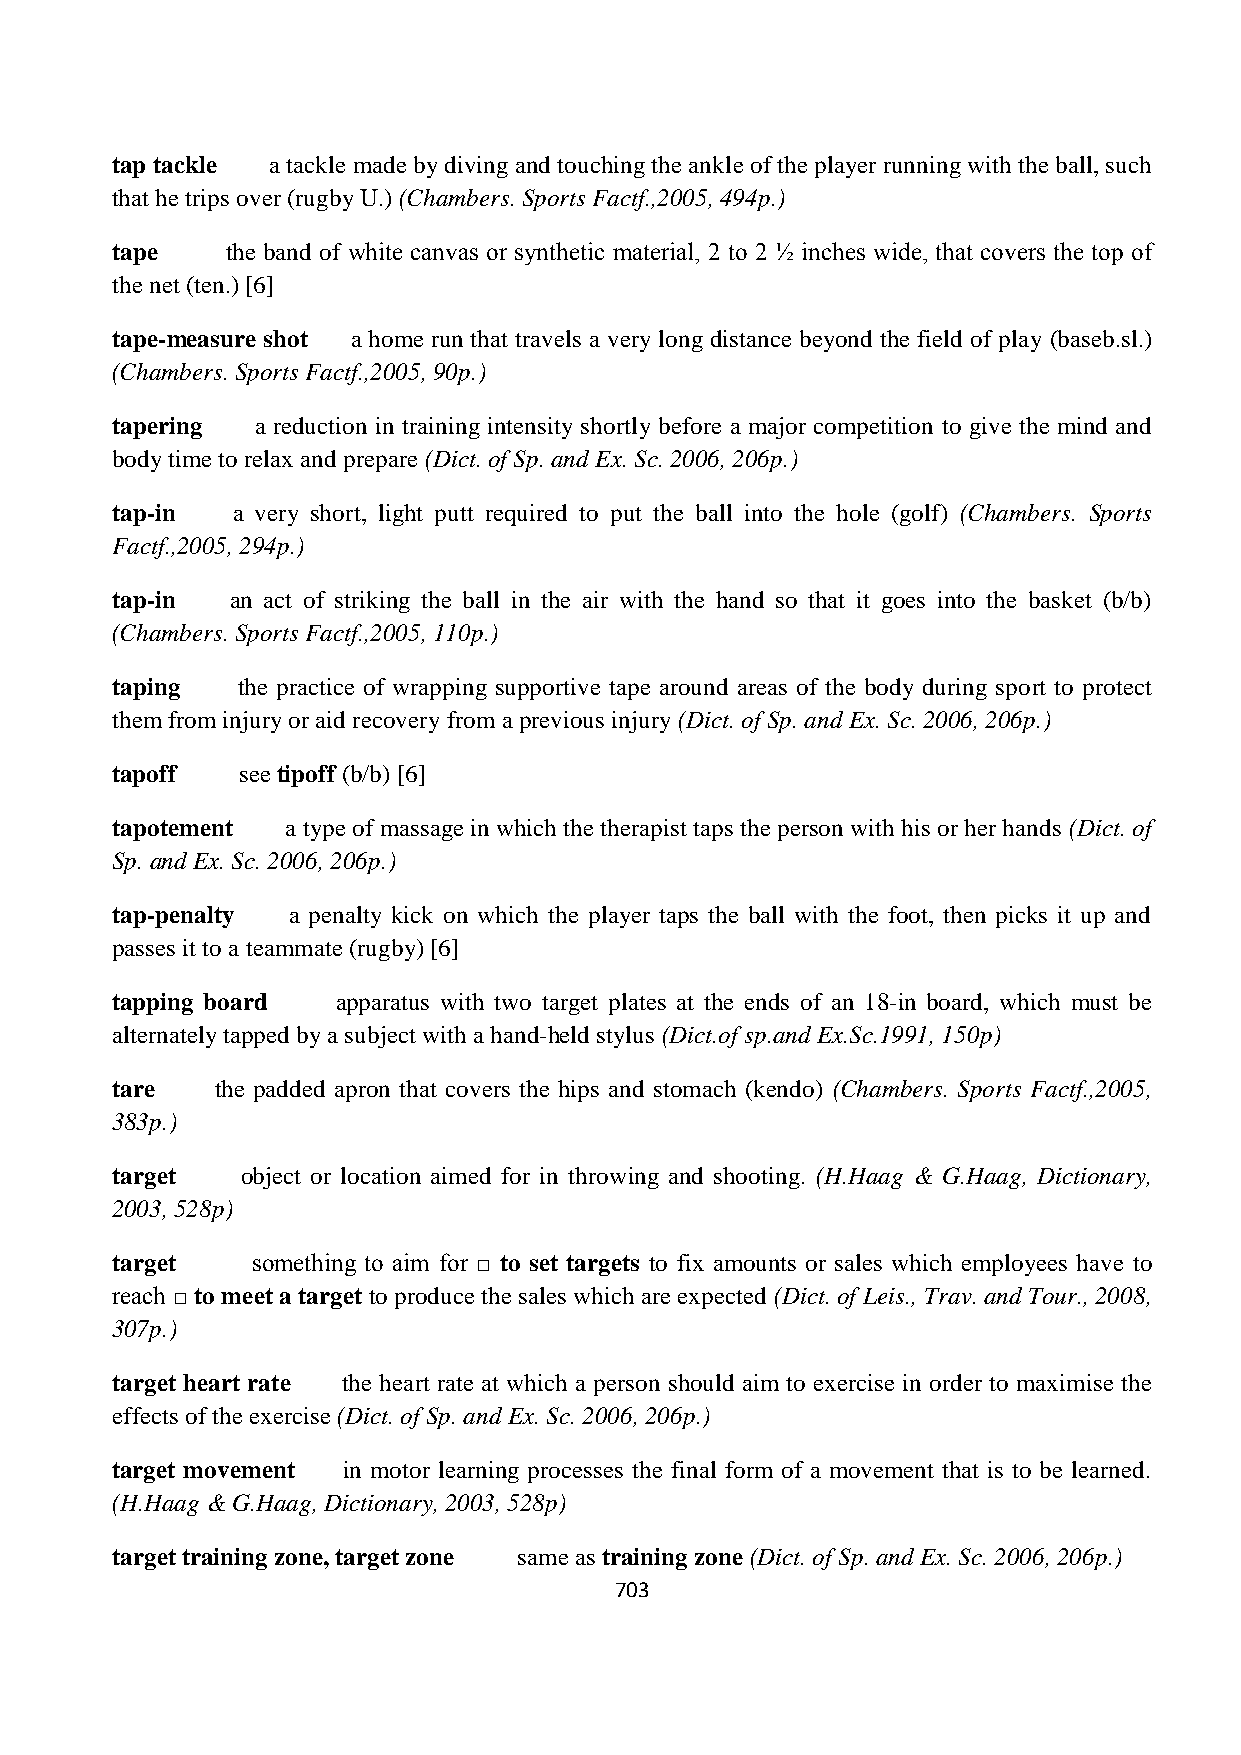
tap tackle a tackle made by diving and touching the ankle of the player running with the ball, such
 that he trips over (rugby U.) (Chambers. Sports Factf.,2005, 494p.)
 tape    the band of white canvas or synthetic material, 2 to 2 ½ inches wide, that covers the top of
 the net (ten.) [6]
 tape-measure shot a home run that travels a very long distance beyond the field of play (baseb.sl.)
 (Chambers. Sports Factf.,2005, 90p.)
 tapering  a reduction in training intensity shortly before a major competition to give the mind and
 body time to relax and prepare (Dict. of Sp. and Ex. Sc. 2006, 206p.)
 tap-in  a very short, light putt required to put the ball into the hole (golf) (Chambers. Sports
 Factf.,2005, 294p.)
 tap-in  an act of striking the ball in the air with the hand so that it goes into the basket (b/b)
 (Chambers. Sports Factf.,2005, 110p.)
 taping   the practice of wrapping supportive tape around areas of the body during sport to protect
 them from injury or aid recovery from a previous injury (Dict. of Sp. and Ex. Sc. 2006, 206p.)
 tapoff   see tipoff (b/b) [6]
 tapotement  a type of massage in which the therapist taps the person with his or her hands (Dict. of
 Sp. and Ex. Sc. 2006, 206p.)
 tap-penalty a penalty kick on which the player taps the ball with the foot, then picks it up and
 passes it to a teammate (rugby) [6]
 tapping board  apparatus with two target plates at the ends of an 18-in board, which must be
 alternately tapped by a subject with a hand-held stylus (Dict.of sp.and Ex.Sc.1991, 150p)
 tare   the padded apron that covers the hips and stomach (kendo) (Chambers. Sports Factf.,2005,
 383p.)
 target   object or location aimed for in throwing and shooting. (H.Haag & G.Haag, Dictionary,
 2003, 528p)
 target    something to aim for □ to set targets to fix amounts or sales which employees have to
 reach □ to meet a target to produce the sales which are expected (Dict. of Leis., Trav. and Tour., 2008,
 307p.)
 target heart rate the heart rate at which a person should aim to exercise in order to maximise the
 effects of the exercise (Dict. of Sp. and Ex. Sc. 2006, 206p.)
 target movement in motor learning processes the final form of a movement that is to be learned.
 (H.Haag & G.Haag, Dictionary, 2003, 528p)
 target training zone, target zone same as training zone (Dict. of Sp. and Ex. Sc. 2006, 206p.)
 703